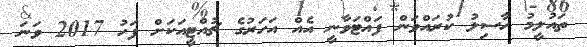
ތައުލީމު ހާސިލު ކުރައްވަން ފައްޓަވާނީ އެއް އަހަރުގެ ޗުއްޓީއަކަށް ފަހު 2017 ވަނަ